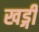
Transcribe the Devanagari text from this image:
खड्गी